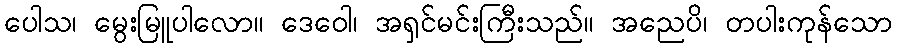
ပေါသ၊ မွေးမြူပါလော။ ဒေဝေါ၊ အရှင်မင်းကြီးသည်။ အညေပိ၊ တပါးကုန်သော